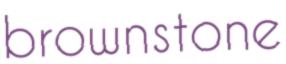
brownstone